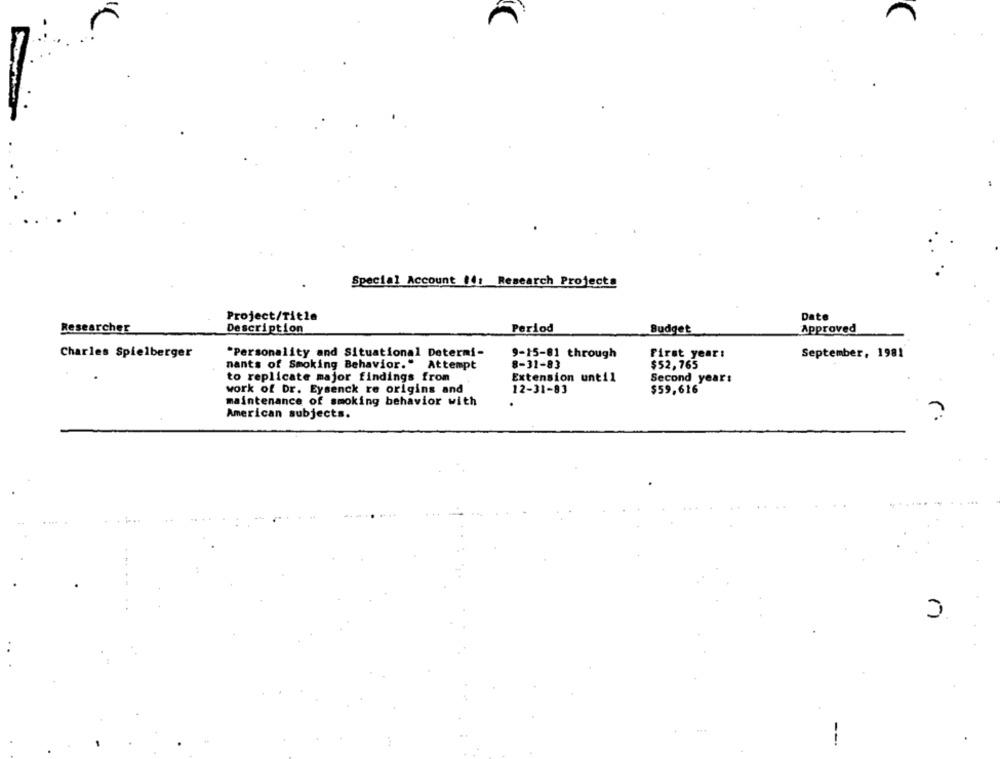
Special Account Mit Research Projects
Project/Title
Date
Researcher
Description
Period
Budget
Approved
Charles Spielberger
"Personality and Situational Determi-
9-15-81 through
First year:
September, 1981
nants of Smoking Behavior." Attempt
8-31-83
$52,765
to replicate major findings from
Extension until
Second year:
work of Dr. Eysenck re origins and
12-31-83
$59,616
maintenance of smoking behavior with
American subjects.
?
--